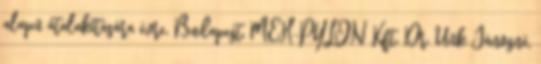
alapú átalakítására évre. Budapest, MEH-PYLON Kft. Dr. Unk Jánosné,